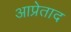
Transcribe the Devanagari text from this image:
आप्रेताद